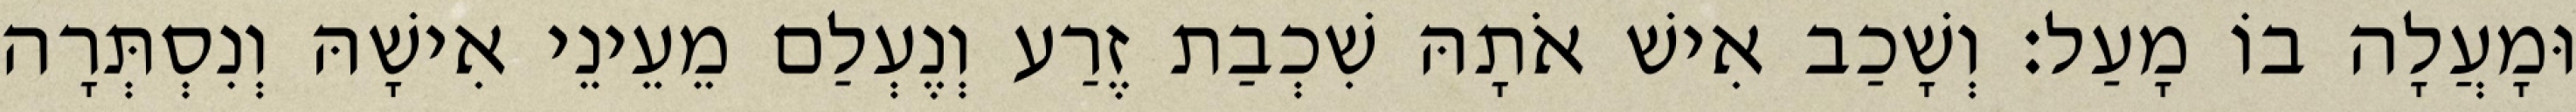
וּמָעֲלָה בוֹ מָעַל׃ וְשָׁכַב אִישׁ אֹתָהּ שִׁכְבַת זֶרַע וְנֶעְלַם מֵעֵינֵי אִישָׁהּ וְנִסְתְּרָה